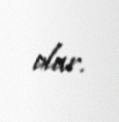
olar.